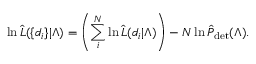
\ln \hat { { \cal L } } ( \{ d _ { i } \} | \Lambda ) = \left( \sum _ { i } ^ { N } \ln \hat { { \cal L } } ( d _ { i } | \Lambda ) \right) - N \ln \hat { P } _ { \mathrm { d e t } } ( \Lambda ) .